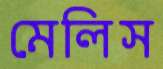
মেলিস